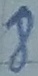
Text: 8